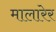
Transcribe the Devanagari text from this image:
मालारेर